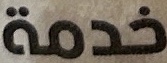
خدمة